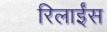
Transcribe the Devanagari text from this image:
रिलाईंस